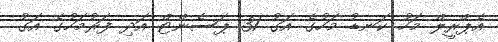
އެޕްރީލް މަހު ކަނޑު މަހުގެ އަގު 31 ޕަސެންޓް އަދި ފަރުމަހުގެ އަގު